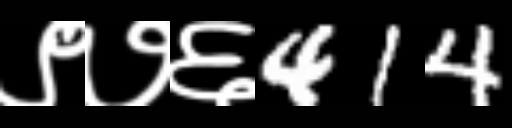
Text: ९७६414